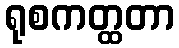
ရုစကတ္ထတာ